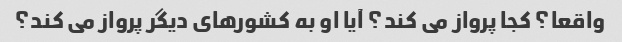
واقعا؟ کجا پرواز می کند؟ آیا او به کشورهای دیگر پرواز می کند؟